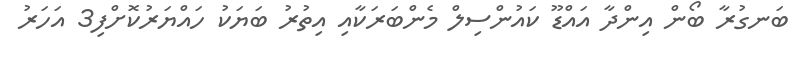
ބަނގުރާ ބޯން އިންދާ އައްޑޫ ކައުންސިލް މެންބަރަކާއި އިތުރު ބަޔަކު ހައްޔަރުކޮށްފި3 އަހަރު